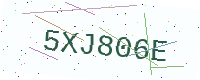
Text: 5XJ806E